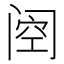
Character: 𮤶